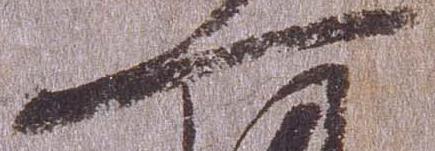
一